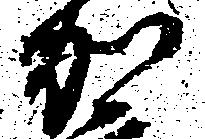
加